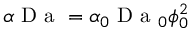
\alpha \mathrm { ~ D ~ a ~ } = \alpha _ { 0 } \mathrm { ~ D ~ a ~ } _ { 0 } \phi _ { 0 } ^ { 2 }